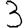
Digit: 3